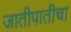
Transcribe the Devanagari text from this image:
जातीपातीचा